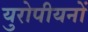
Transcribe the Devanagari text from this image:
युरोपीयनों